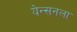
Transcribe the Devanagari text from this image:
येन्सनला